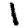
Digit: 1